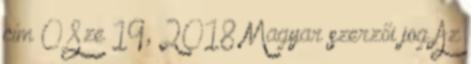
cím 0 Sze 19, 2018 Magyar szerzői jog Az